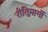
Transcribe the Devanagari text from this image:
रीतिमार्गी